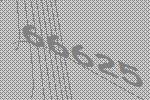
66625